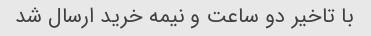
با تاخیر دو ساعت و نیمه خرید ارسال شد